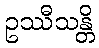
ဥဿီသန္တိ